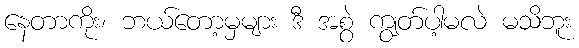
နေတာကိုး၊ ဘယ်တော့မှများ ဒီ အစွဲ ကျွတ်ပါ့မလဲ မသိဘူး